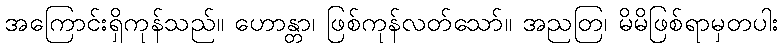
အကြောင်းရှိကုန်သည်။ ဟောန္တာ၊ ဖြစ်ကုန်လတ်သော်။ အညတြ၊ မိမိဖြစ်ရာမှတပါး